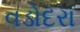
વડોદરા